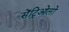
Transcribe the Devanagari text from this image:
सेंट्रिओलों